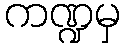
ကဏ္ဍမှ